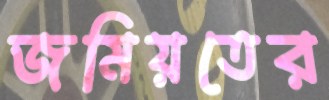
জমিয়তের